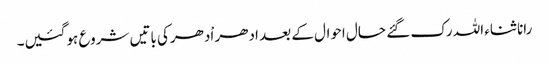
رانا ثناء اللہ رک گئے حال احوال کے بعد ادھر اْدھرکی باتیں شروع ہوگئیں۔